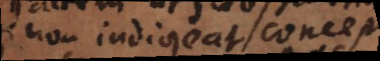
non indigeat conceptu